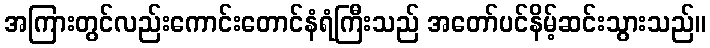
အကြားတွင်လည်းကောင်းတောင်နံရံကြီးသည် အတော်ပင်နိမ့်ဆင်းသွားသည်။